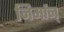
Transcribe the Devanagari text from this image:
निर्मान्